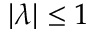
| \lambda | \le 1